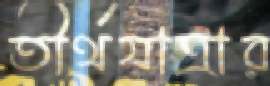
তীর্থযাত্রার